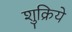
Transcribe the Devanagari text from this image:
शुक्रिये